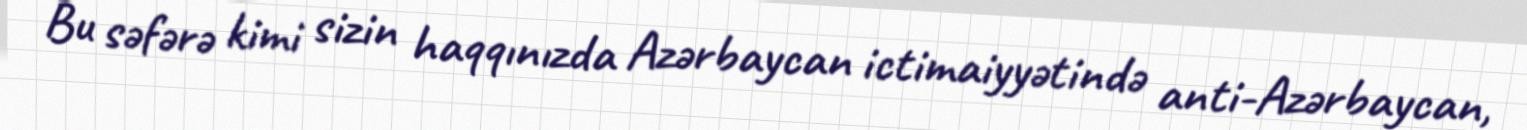
Bu səfərə kimi sizin haqqınızda Azərbaycan ictimaiyyətində anti-Azərbaycan,